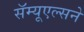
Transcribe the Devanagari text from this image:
सॅम्यूएल्सने